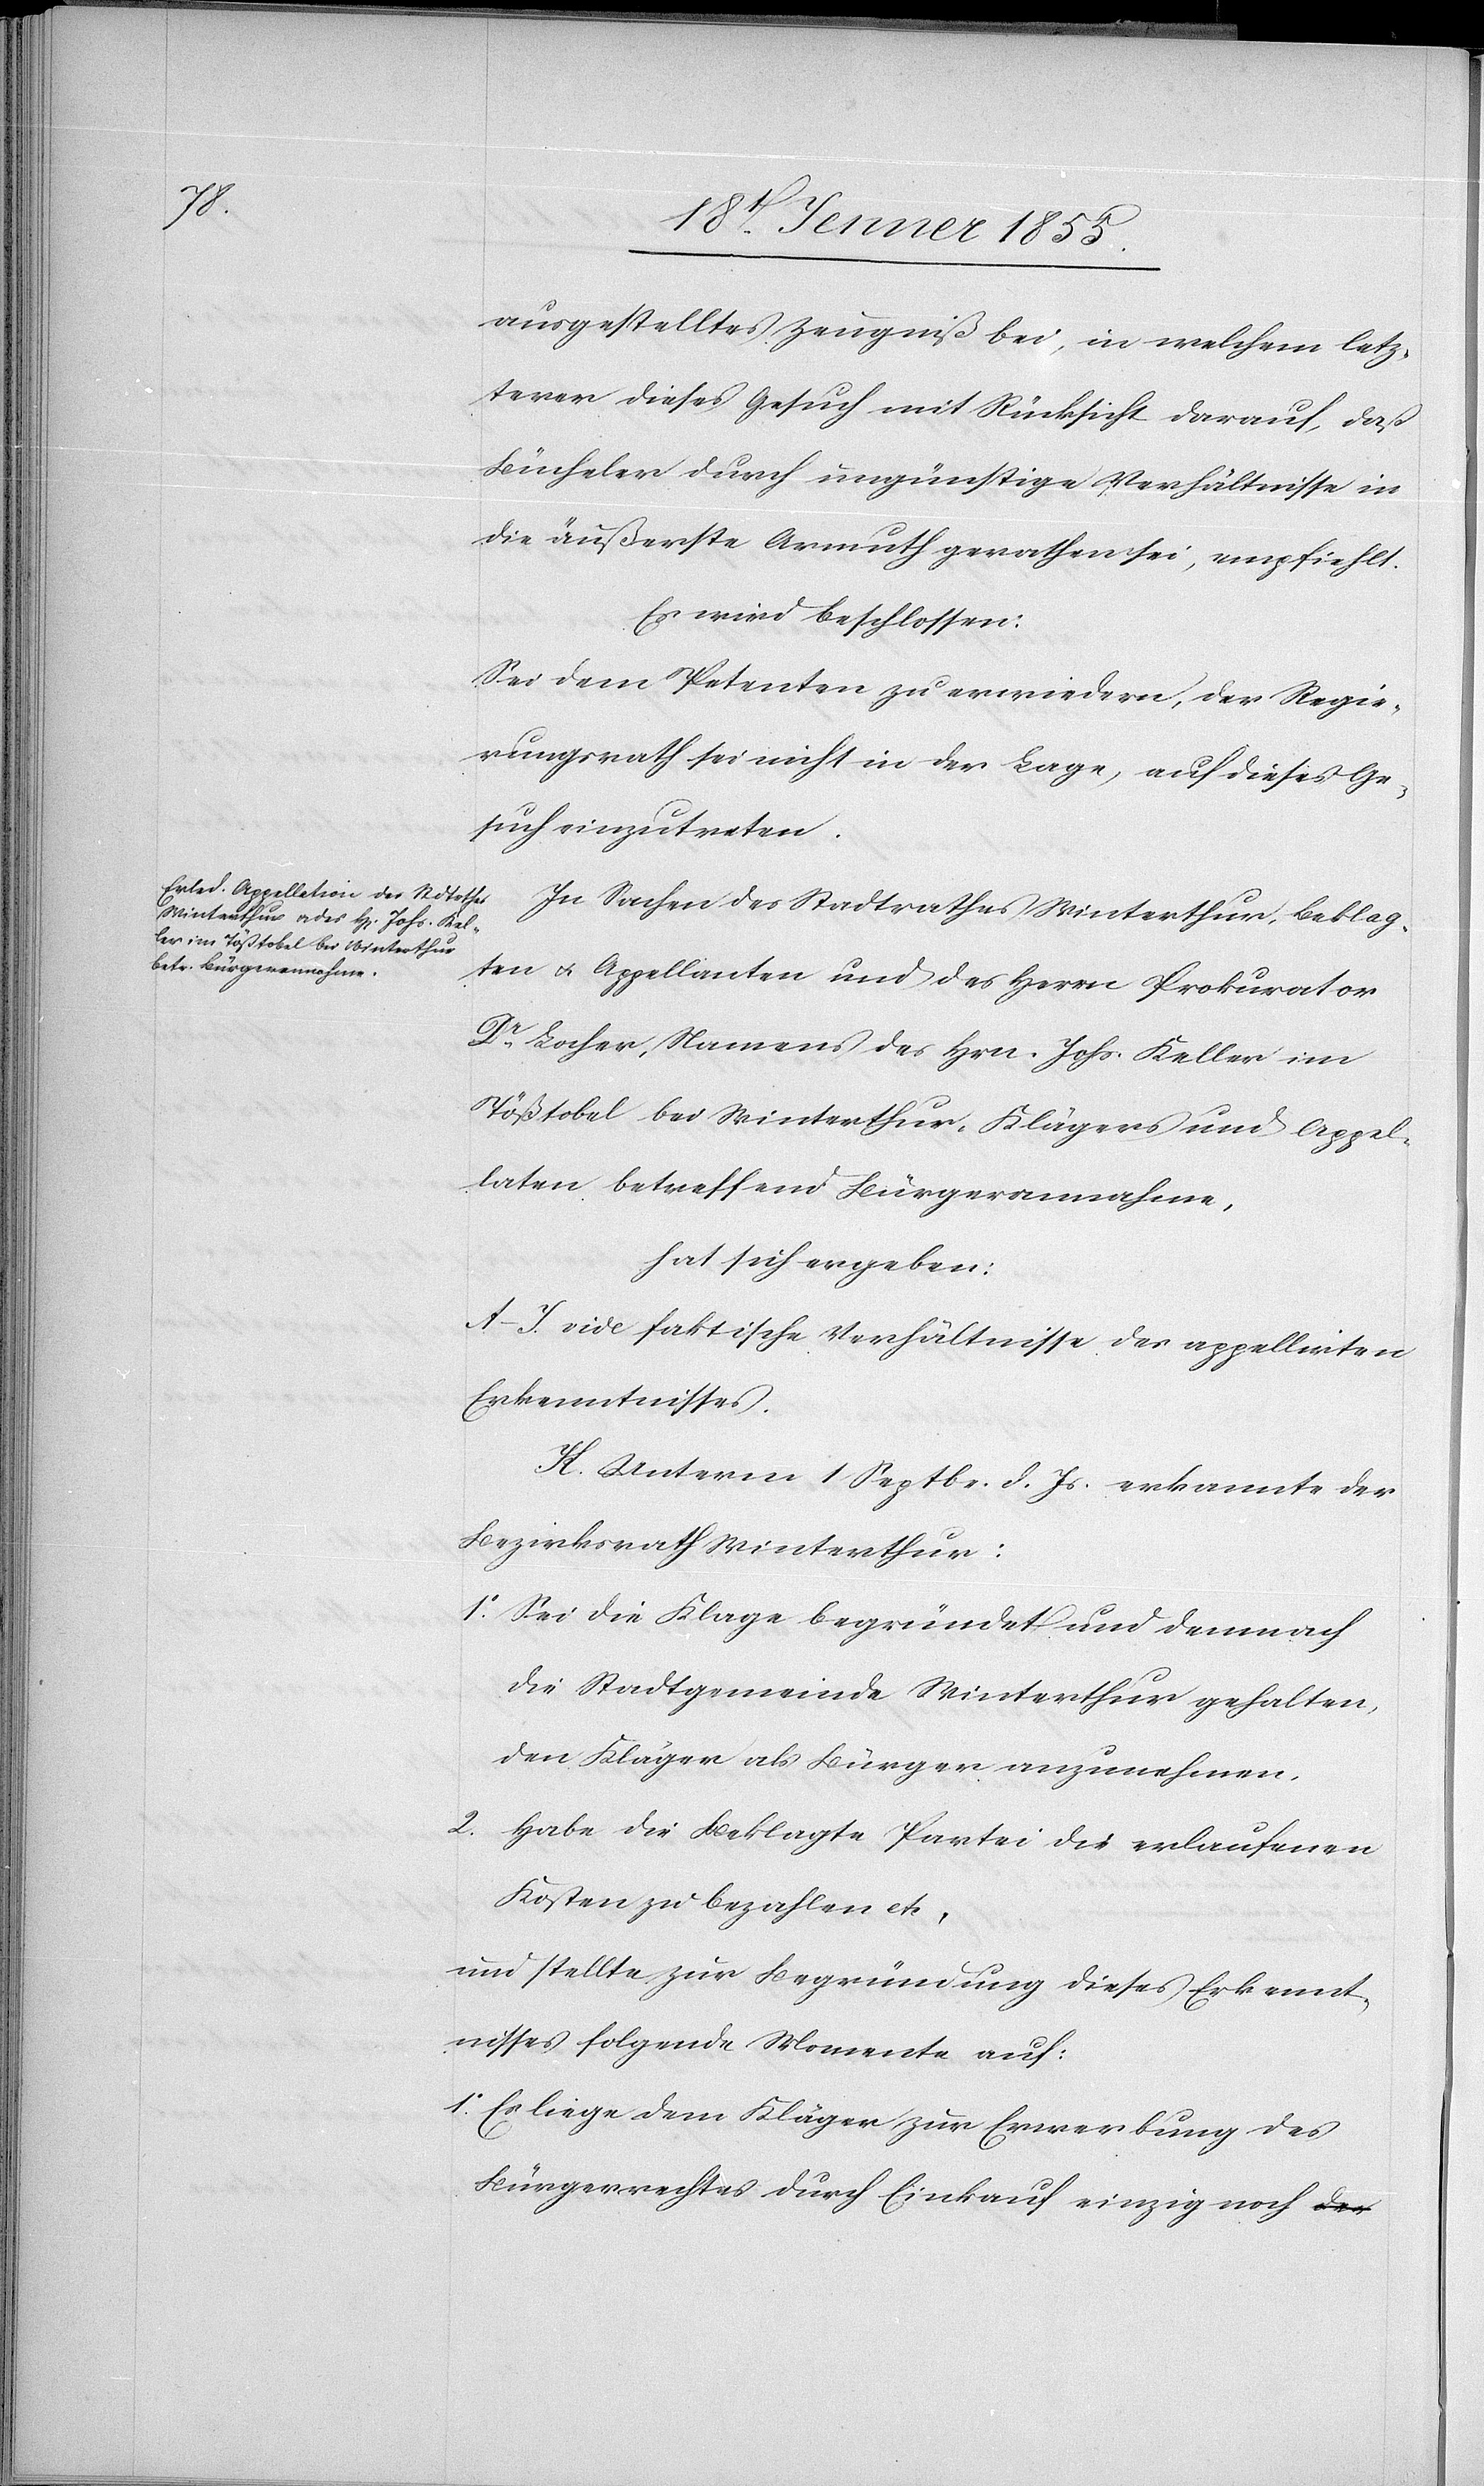
2.

ausgestelltes Zeugniß bei, in welchem letz¬
terer dieses Gesuch mit Rücksicht darauf, daß
Bücheler durch ungünstige Verhältnisse in
die äußerste Armuth gerathen sei, empfiehlt.
Es wird beschlossen:
Sei dem Petenten zu erwiedern, der Regie¬
rungsrath sei nicht in der Lage, auf dieses Ge¬
such einzutreten.
In Sachen des Stadtrathes Winterthur, Beklag¬
ten & Appellanten und des Herrn Prokurator
Dr. Locher, Namens des Hrn. Johs. Keller im
Tößtobel bei Winterthur, Klägers und Appel¬
laten betreffend Bürgerannahme,
hat sich ergeben:
A–I. vide faktische Verhältnisse des appellirten
Erkenntnisses.
K. Unterm 1 Septbr. d. Js. erkannte der
Bezirksrath Winterthur:
Sei die Klage begründet und demnach
die Stadtgemeinde Winterthur gehalten,
den Kläger als Bürger anzunehmen.
Habe die Beklagte Partei die erlaufenen
Kosten zu bezahlen etc.
und stellte zur Begründung dieses Erkennt¬
nisses folgende Momente auf:
Es liege dem Kläger zur Erwerbung des
Bürgerrechtes durch Einkauf einzig noch